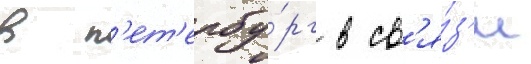
в п'ет'ербу́рг в св'я́з'и